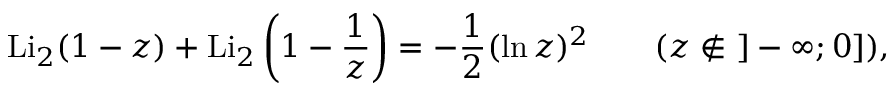
\operatorname { L i } _ { 2 } ( 1 - z ) + \operatorname { L i } _ { 2 } \left( 1 - { \frac { 1 } { z } } \right) = - { \frac { 1 } { 2 } } ( \ln z ) ^ { 2 } \qquad ( z \not \in ~ ] - \infty ; 0 ] ) ,